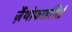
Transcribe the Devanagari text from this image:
ज़ैंथोफाइसिई